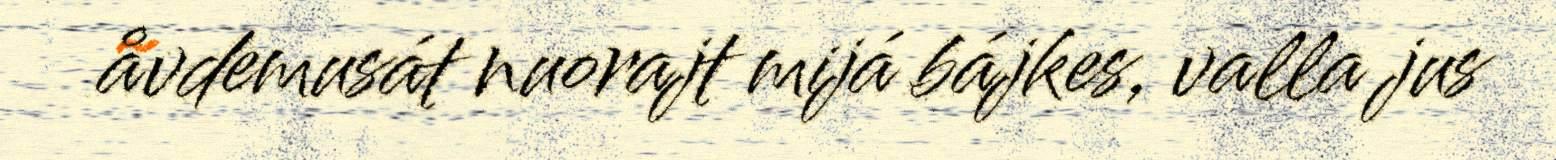
åvdemusát nuorajt mijá bájkes, valla jus